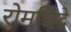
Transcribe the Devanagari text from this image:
रोमछिद्रे